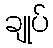
ချုပ်